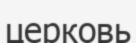
церковь